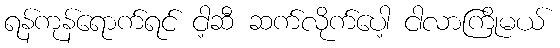
ရန်ကုန်ရောက်ရင် ငါ့ဆီ ဆက်လိုက်ပေါ့ ငါလာကြိုမယ်